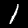
Label: 1